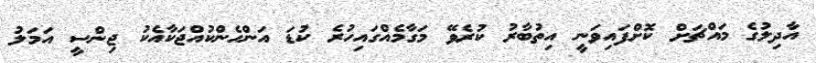
އާދިލުގެ މައްޗަށް ކޮށްފައިވަނީ އިތުބާރު ކުރެވޭ މަގާމެއްގައިހުރެ ކުޑަ އަންހެންކުއްޖަކާއެކު ޖިންސީ އަމަލު